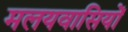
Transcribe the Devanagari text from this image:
मलयवासियों